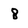
Character: 8